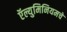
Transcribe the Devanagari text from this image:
ऍल्युमिनियमचे